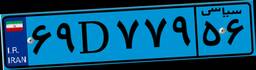
۶۴D۹۴۲۳۹